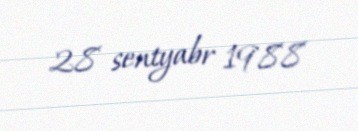
28 sentyabr 1988